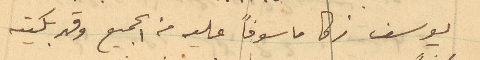
يوسف زكا ماسوفاً عليه من الجميع وقد بكيته